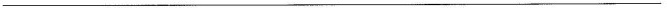
___